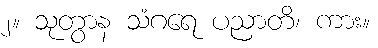
၂။ သုတွာန သံဂရေ ပညာတိ၊ ကား။